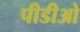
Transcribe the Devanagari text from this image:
पीडीओ